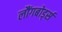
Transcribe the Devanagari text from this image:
लौंगबोर्ड्स